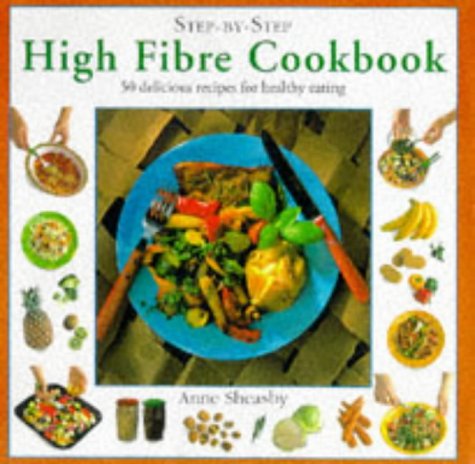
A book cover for High Fiber Cookbook (Step-by-Step); Anne Sheasby; Health, Fitness & Dieting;